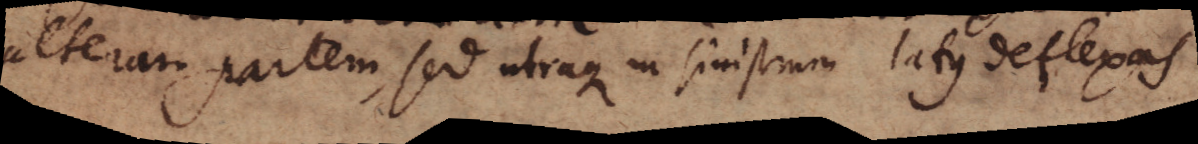
alteram partem, sed utraque in sinistrum latus deflexas